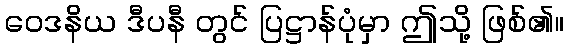
ဝေဒနိယ ဒီပနီ တွင် ပြဋ္ဌာန်ပုံမှာ ဤသို့ ဖြစ်၏။